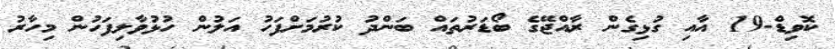
ކޮވިޑް-19 އާއި ގުޅިގެން ރާއްޖޭގެ ބޯޑަރުތައް ބަންދު ކުރުމަށްފަހު އަލުން ހުޅުވާލިފަހުން މިހާރު